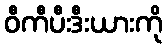
ဝီကီပီးဒီးယားကို